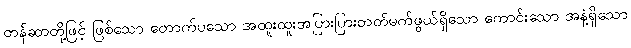
တန်ဆာတို့ဖြင့် ဖြစ်သော တောက်ပသော အထူးထူးအပြားပြားတတ်မက်ဖွယ်ရှိသော ကောင်းသော အနံ့ရှိသော